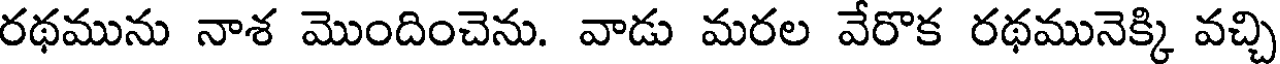
రథమును నాశ మొందించెను. వాడు మరల వేరొక రథమునెక్కి వచ్చి